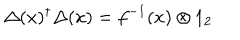
LaTeX: \Delta ( x ) ^ { \dagger } \Delta ( x ) = f ^ { - 1 } ( x ) \otimes 1 _ { 2 }